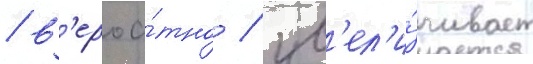
/ в'ероа́тно / ув'ел'и́чивает